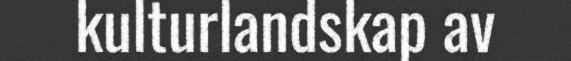
kulturlandskap av